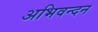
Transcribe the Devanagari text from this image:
अभिवन्दन